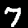
Digit: 7